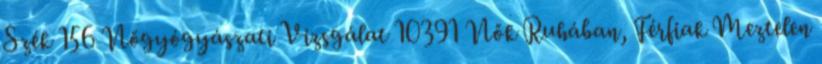
Szék 156 Nőgyógyászati Vizsgálat 10391 Nők Ruhában, Férfiak Meztelen